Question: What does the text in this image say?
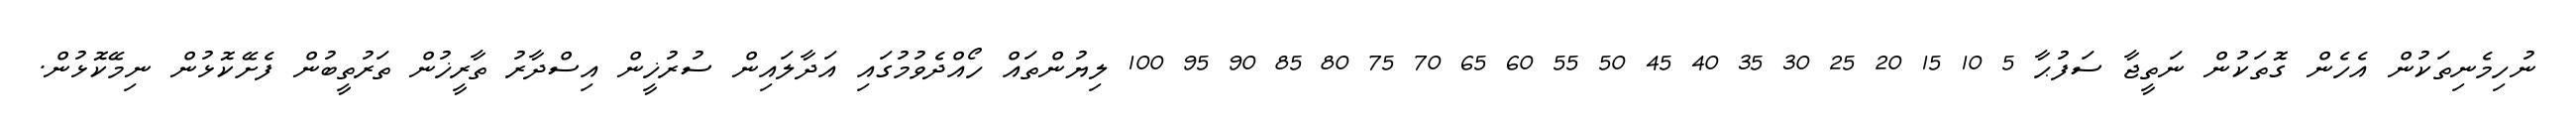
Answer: ނުހިމެނިތަކުން އެހެން ގޮތަކުން ނަތީޖާ ސަފުޙާ 5 10 15 20 25 30 35 40 45 50 55 60 65 70 75 80 85 90 95 100 ލިޔުންތައް ހޯއްދެވުމުގައި އަދާލައިން ސުރުޚީން އިސްދާރު ތާރީޚުން ތަރުތީބުން ފެށޭކޮޅުން ނިމޭކޮޅުން.